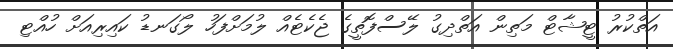
އަތްކުރު ޓީޝާޓް މަތިން އަތްދިގު ލޭސްފޮތީގެ ޖެކެޓެއް ލުމަށްފަހު ލޯގަނޑު ކައިރިއަށް ހުއްޓި